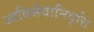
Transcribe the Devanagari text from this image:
आदिसेवानिवृत्ति